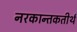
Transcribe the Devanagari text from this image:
नरकान्तकतीर्थ